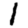
Digit: 1